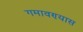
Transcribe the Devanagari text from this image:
गमावण्यास